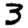
Digit: 3